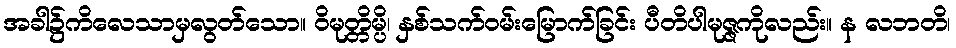
အခါ၌ကိလေသာမှလွတ်သော။ ဝိမုတ္တိမ္ပိ၊ နှစ်သက်ဝမ်းမြောက်ခြင်း ပီတိပါမုဇ္ဇကိုလည်း။ န လဘတိ၊